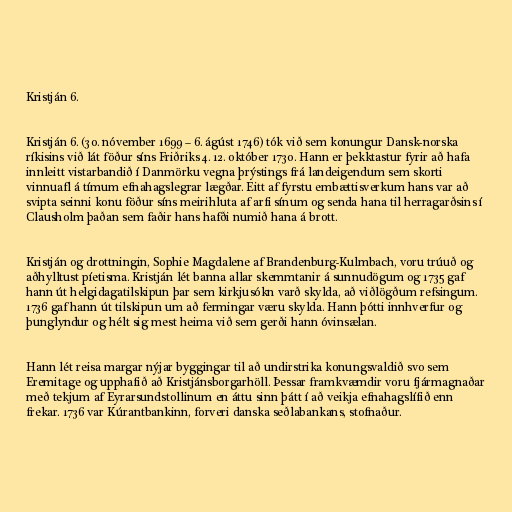
Kristján 6.

Kristján 6. (30. nóvember 1699 – 6. ágúst 1746) tók við sem konungur Dansk-norska
ríkisins við lát föður síns Friðriks 4. 12. október 1730. Hann er þekktastur fyrir að hafa
innleitt vistarbandið í Danmörku vegna þrýstings frá landeigendum sem skorti
vinnuafl á tímum efnahagslegrar lægðar. Eitt af fyrstu embættisverkum hans var að
svipta seinni konu föður síns meirihluta af arfi sínum og senda hana til herragarðsins í
Clausholm þaðan sem faðir hans hafði numið hana á brott.

Kristján og drottningin, Sophie Magdalene af Brandenburg-Kulmbach, voru trúuð og
aðhylltust píetisma. Kristján lét banna allar skemmtanir á sunnudögum og 1735 gaf
hann út helgidagatilskipun þar sem kirkjusókn varð skylda, að viðlögðum refsingum.
1736 gaf hann út tilskipun um að fermingar væru skylda. Hann þótti innhverfur og
þunglyndur og hélt sig mest heima við sem gerði hann óvinsælan.

Hann lét reisa margar nýjar byggingar til að undirstrika konungsvaldið svo sem
Eremitage og upphafið að Kristjánsborgarhöll. Þessar framkvæmdir voru fjármagnaðar
með tekjum af Eyrarsundstollinum en áttu sinn þátt í að veikja efnahagslífið enn
frekar. 1736 var Kúrantbankinn, forveri danska seðlabankans, stofnaður.